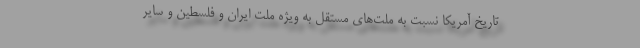
تاریخ آمریکا نسبت به ملت‌های مستقل به ویژه ملت ایران و فلسطین و سایر